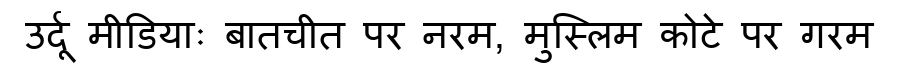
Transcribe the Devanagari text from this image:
उर्दू मीडियाः बातचीत पर नरम, मुस्लिम कोटे पर गरम